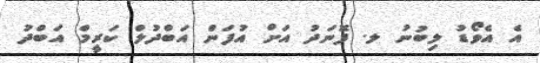
އެ އެވޯޑު ލިބުނު ލ. ފޮނަދު އަށް އުފަން އަބްދުލް ކަރީމް އަބްދު